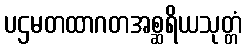
ပဌမတထာဂတအစ္ဆရိယသုတ္တံ